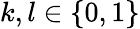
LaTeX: k,l\in\{ 0,1\}